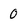
Character: 0